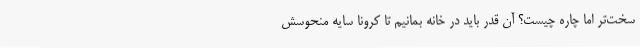
سخت‌تر اما چاره چیست؟ آن قدر باید در خانه بمانیم تا کرونا سایه منحوسش